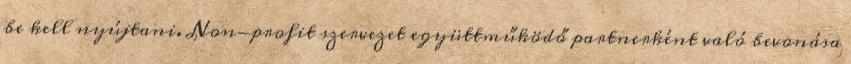
be kell nyújtani. Non-profit szervezet együttműködő partnerként való bevonása